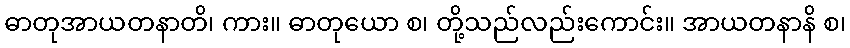
ဓာတုအာယတနာတိ၊ ကား။ ဓာတုယော စ၊ တို့သည်လည်းကောင်း။ အာယတနာနိ စ၊